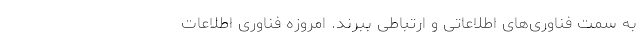
به سمت فناوری‌های اطلاعاتی و ارتباطی ببرند. امروزه فناوری اطلاعات